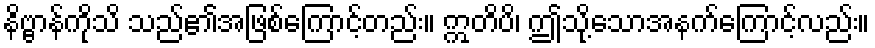
နိဗ္ဗာန်ကိုသိ သည်၏အဖြစ်ကြောင့်တည်း။ ဣတိပိ၊ ဤသို့သောအနက်ကြောင့်လည်း။